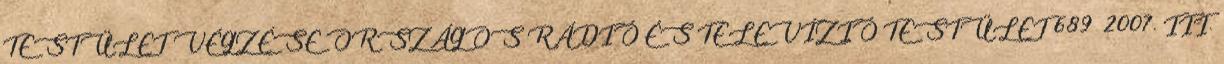
TESTÜLET VÉGZÉSE ORSZÁGOS RÁDIÓ ÉS TELEVÍZIÓ TESTÜLET 689 2007. III.